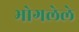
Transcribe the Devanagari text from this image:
भोगलेले